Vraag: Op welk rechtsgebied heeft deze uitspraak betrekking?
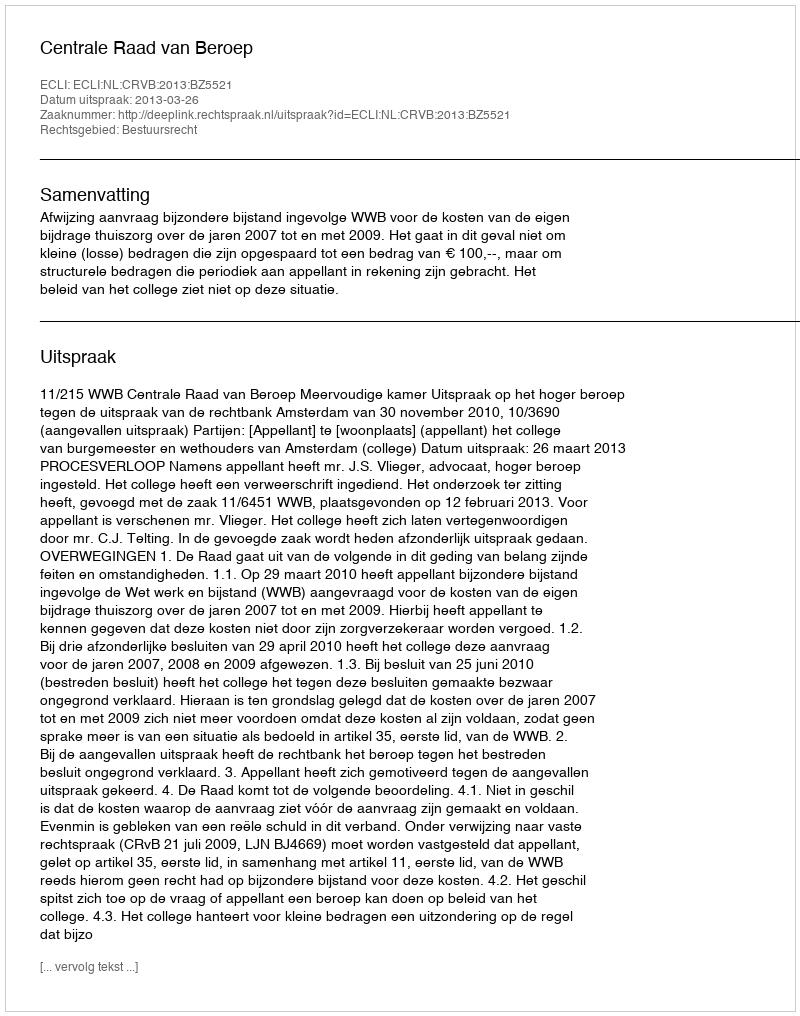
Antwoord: Bestuursrecht